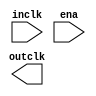

module clockEnablePLL (
	inclk,
	ena,
	outclk);	

	input		inclk;
	input		ena;
	output		outclk;
endmodule